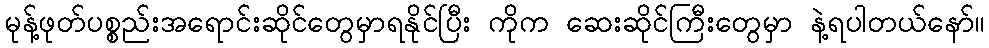
မုန့်ဖုတ်ပစ္စည်းအရောင်းဆိုင်တွေမှာရနိုင်ပြီး ကိုက ဆေးဆိုင်ကြီးတွေမှာ နဲ့ရပါတယ်နော်။